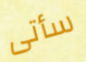
سأتى